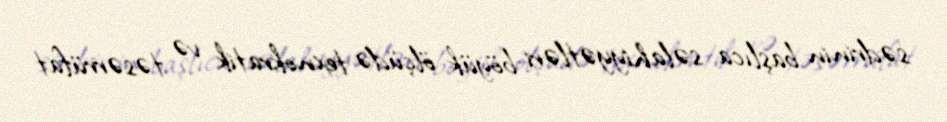
sədrinin başlıca səlahiyyətləri böyük ölçüdə texnokratik və təsərrüfat